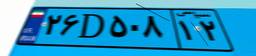
۲۶D۵۰۸۱۲